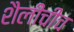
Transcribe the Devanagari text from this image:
शैलींचीच